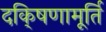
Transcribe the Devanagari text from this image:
दकि्षणामूर्ति